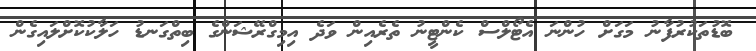
ބޮޑުތަކުރުފާނު މަގަށް ހުންނަ އެޓޯލްސް ކެންޓީނު ތެރެއިން ވަދެ އިމިގްރޭޝަންގެ ބިތްގަނޑު ހަލާކުކޮށްލައިގެން